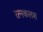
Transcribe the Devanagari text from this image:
रत्‍नकलश